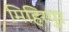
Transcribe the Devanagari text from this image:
मिहिरपुर